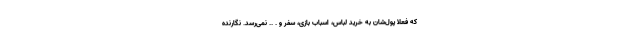
که فعلا پول‌شان به خرید لباس، اسباب بازی، سفر و . .. نمی‌رسد. نگارنده